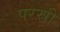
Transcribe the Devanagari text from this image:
परस्री